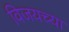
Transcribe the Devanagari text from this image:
विजयच्या